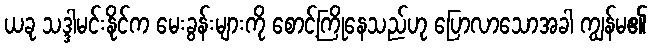
ယခု သဒ္ဒါမင်းနိုင်က မေးခွန်းများကို စောင့်ကြိုနေသည်ဟု ပြောလာသောအခါ ကျွန်မ၏